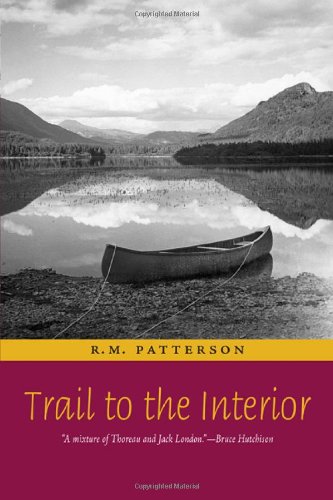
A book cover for Trail to the Interior (Rm Patterson Collection); R.M. Patterson; Biographies & Memoirs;